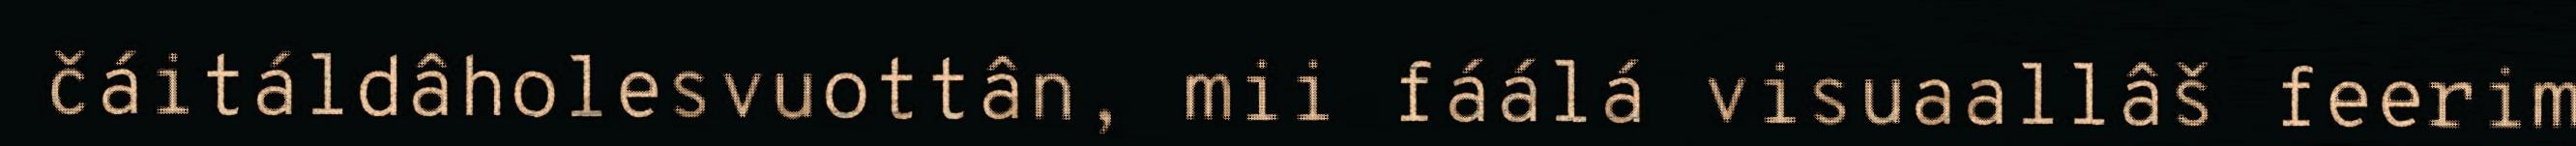
čáitáldâholesvuottân, mii fáálá visuaallâš feerim